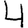
Digit: 4